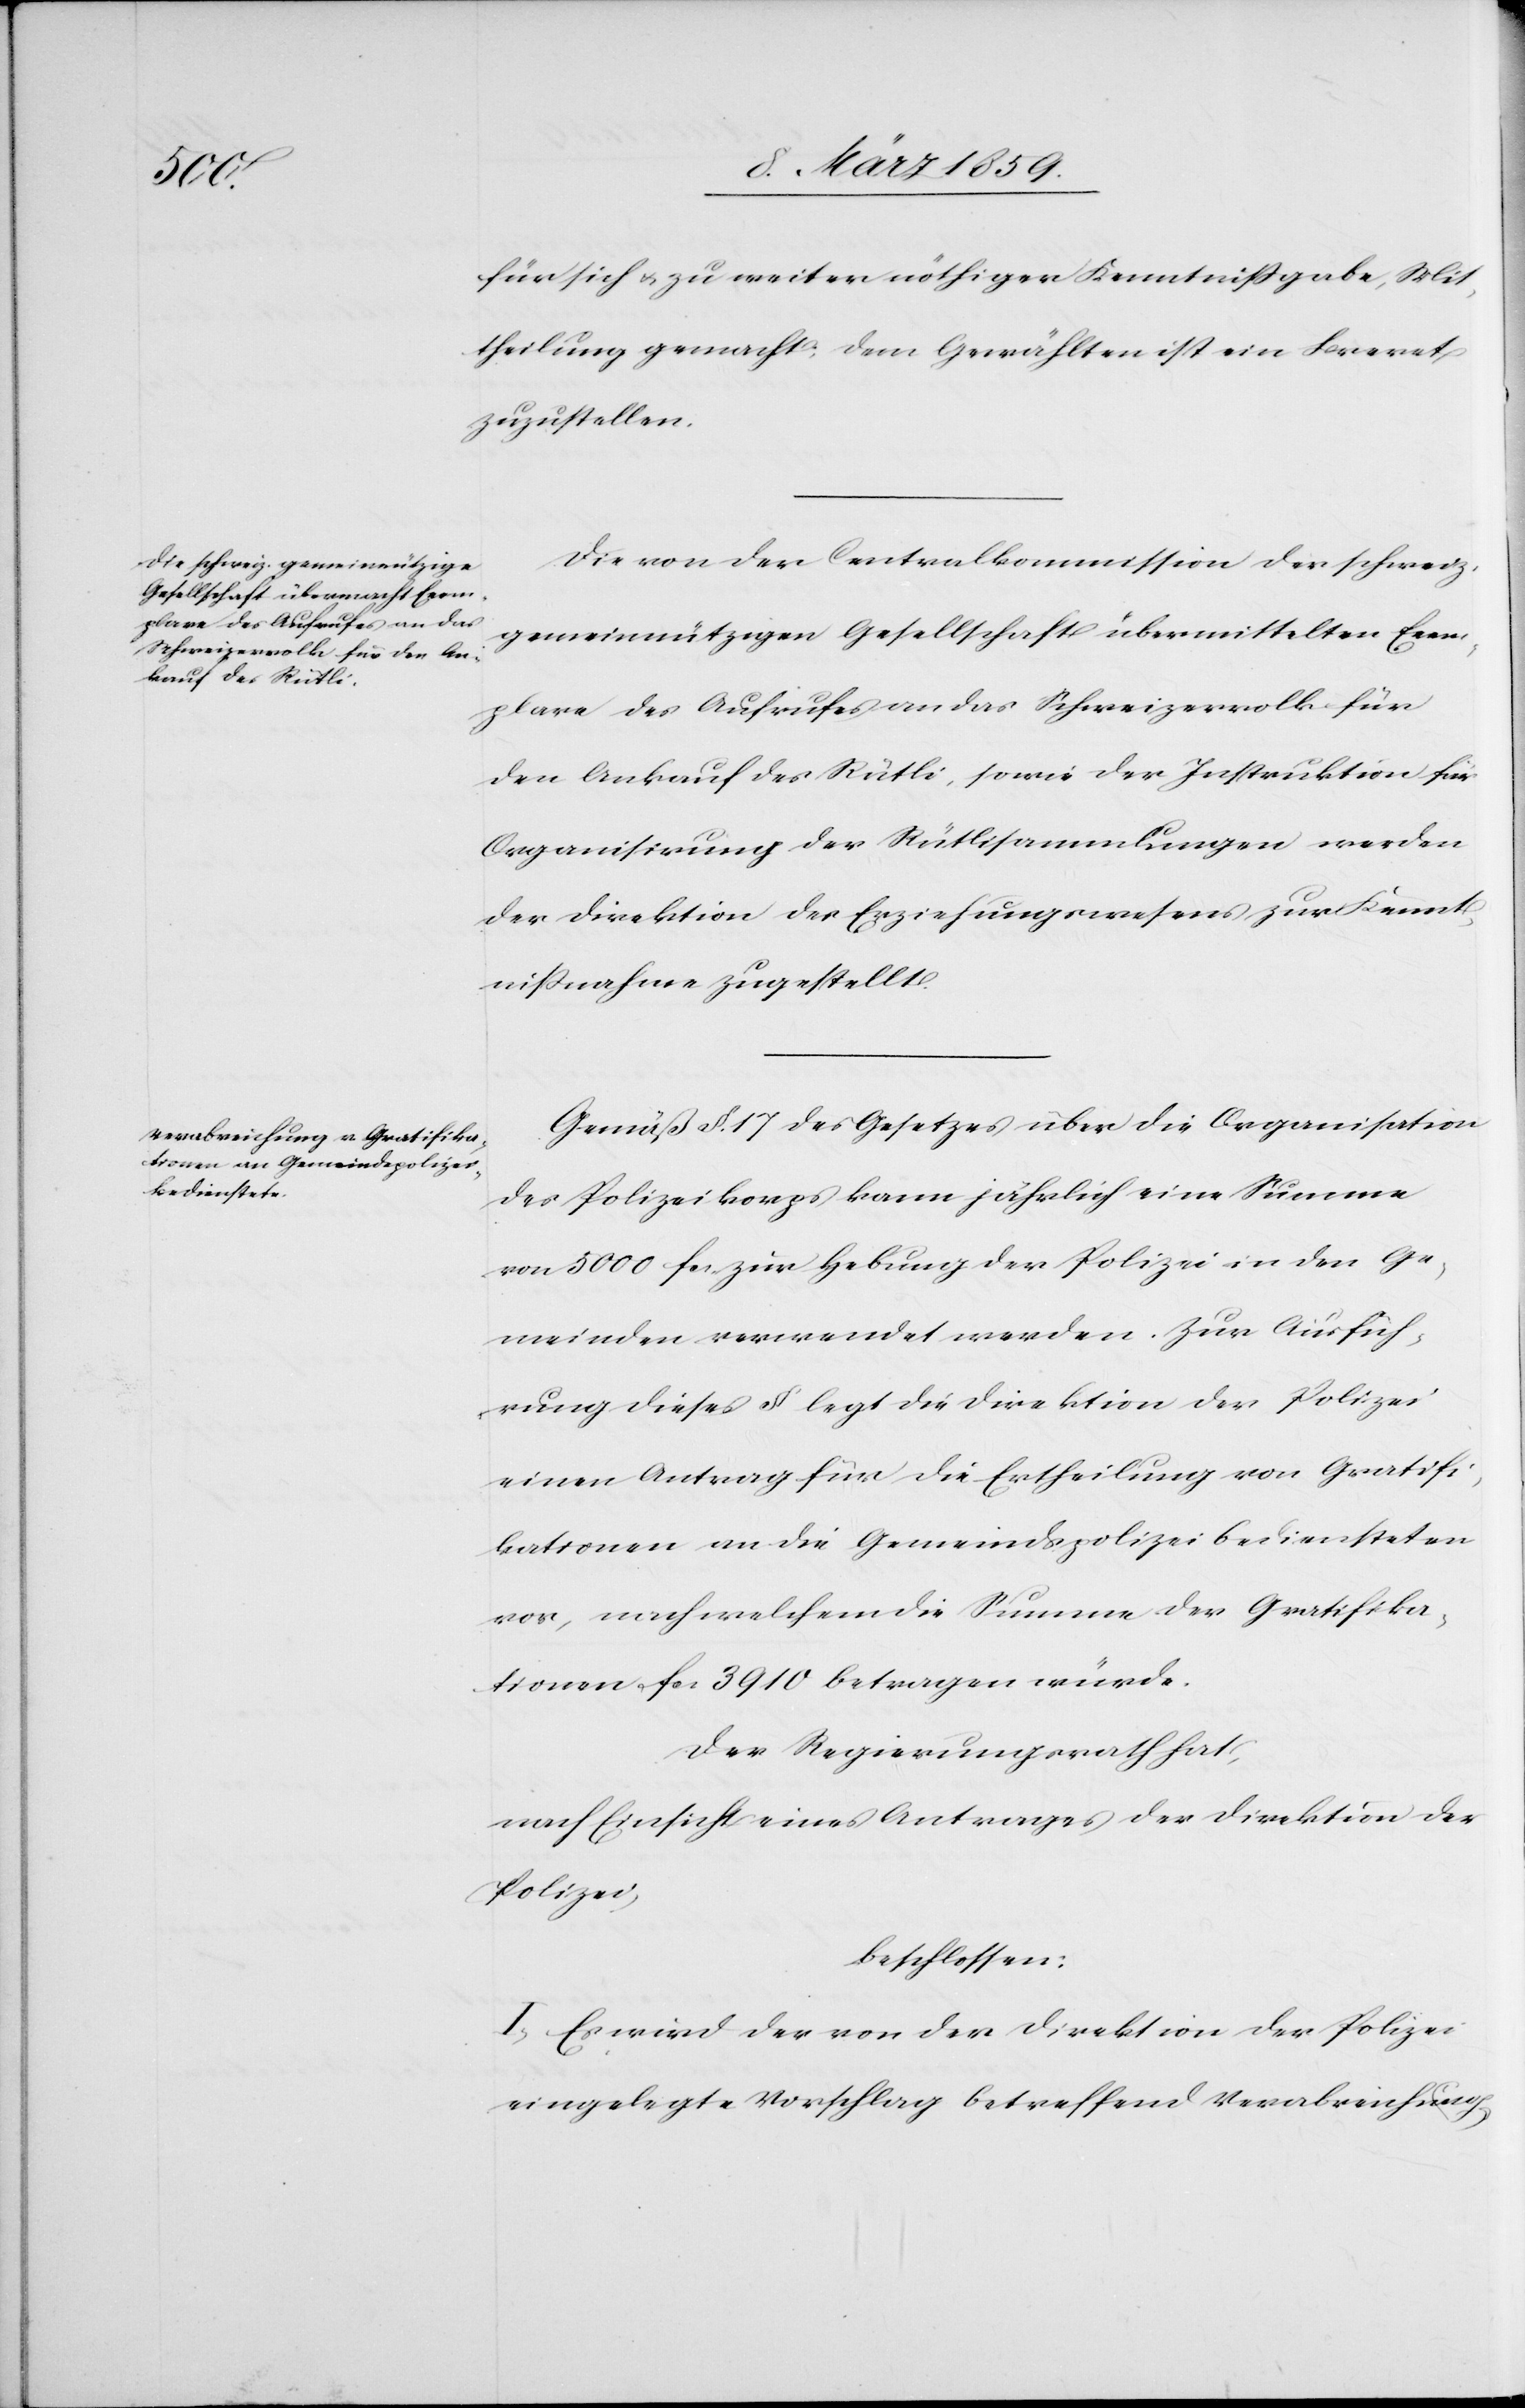
für sich u. zu weiter nöthiger Kenntnißgabe, Mit¬
theilung gemacht; dem Gewählten ist ein Brevet
zuzustellen.
Die von der Centralkommission der schweiz.
gemeinnützigen Gesellschaft übermittelten Exem¬
plare des Aufrufes an das Schweizervolk für
den Ankauf des Rütli, sowie der Instruktion für
Organisirung der Rütlisammlungen werden
der Direktion des Erziehungswesens zur Kennt¬
nißnahme zugestellt.
Gemäß §. 17 des Gesetzes über die Organisation
des Polizeikorps kann jährlich eine Summe
von 5000 fcs. zur Hebung der Polizei in den Ge¬
meinden verwendet werden. Zur Ausfüh¬
rung dieses § legt die Direktion der Polizei
einen Antrag für die Ertheilung von Gratifi¬
kationen an die Gemeindspolizeibediensteten
vor, nach welchem die Summe der Gratifika¬
tionen fcs. 3910 betragen würde.
Der Regierungsrath hat,
nach Einsicht eines Antrages der Direktion der
Polizei,
beschlossen:
I. Es wird der von der Direktion der Polizei
eingelegte Vorschlag betreffend Verabreichung